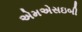
એમએસઇબી